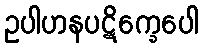
ဥပါဟနပဋိက္ခေပေါ